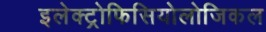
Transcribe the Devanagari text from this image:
इलेक्ट्रोफिसियोलोजिकल